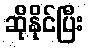
ဆိုနိုင်ပြီး